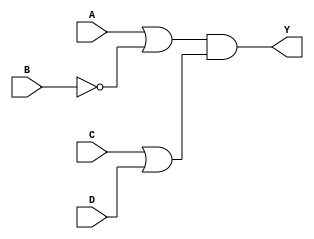
module pos_logic (
    input wire A,      // Input A
    input wire B,      // Input B
    input wire C,      // Input C
    input wire D,      // Input D
    output wire Y      // Output Y
);

// Internal signals for the outputs of OR gates
wire or1_out; // Output of the first OR gate
wire or2_out; // Output of the second OR gate

// OR gate for the first term (A + B')
assign or1_out = A | ~B; // B' is represented as ~B

// OR gate for the second term (C + D)
assign or2_out = C | D;

// AND gate combining the outputs of the OR gates
assign Y = or1_out & or2_out; // Y = (A + B')(C + D)

endmodule